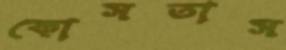
কোসতাস